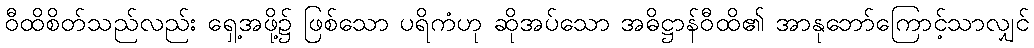
ဝီထိစိတ်သည်လည်း ရှေ့အဖို့၌ ဖြစ်သော ပရိကံဟု ဆိုအပ်သော အဓိဋ္ဌာန်ဝီထိ၏ အာနုဘော်ကြောင့်သာလျှင်